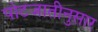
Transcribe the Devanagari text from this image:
पोटजातीनुसार